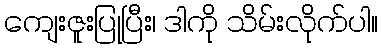
ကျေးဇူးပြုပြီး၊ ဒါကို သိမ်းလိုက်ပါ။